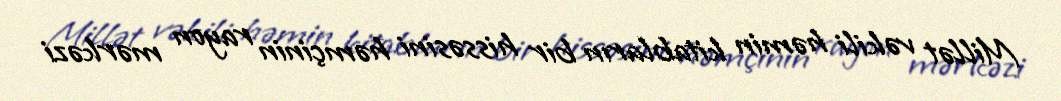
Millət vəkili həmin kitabların bir hissəsini həmçinin rayon mərkəzi